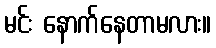
မင်း နောက်နေတာမလား။